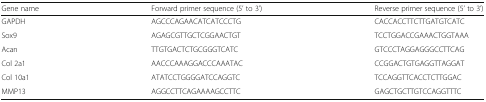
<table><thead><tr><td><b>Gene name</b></td><td><b>Forward primer sequence (5’ to 3’)</b></td><td><b>Reverse primer sequence (5’ to 3’)</b></td></tr></thead><tbody><tr><td>GAPDH</td><td>AGCCCAGAACATCATCCCTG</td><td>CACCACCTTCTTGATGTCATC</td></tr><tr><td>Sox9</td><td>AGAGCGTTGCTCGGAACTGT</td><td>TCCTGGACCGAAACTGGTAAA</td></tr><tr><td>Acan</td><td>TTGTGACTCTGCGGGTCATC</td><td>GTCCCTAGGAGGGCCTTCAG</td></tr><tr><td>Col 2a1</td><td>AACCCAAAGGACCCAAATAC</td><td>CCGGACTGTGAGGTTAGGAT</td></tr><tr><td>Col 10a1</td><td>ATATCCTGGGGATCCAGGTC</td><td>TCCAGGTTCACCTCTTGGAC</td></tr><tr><td>MMP13</td><td>AGGCCTTCAGAAAAGCCTTC</td><td>GAGCTGCTTGTCCAGGTTTC</td></tr></tbody></table>